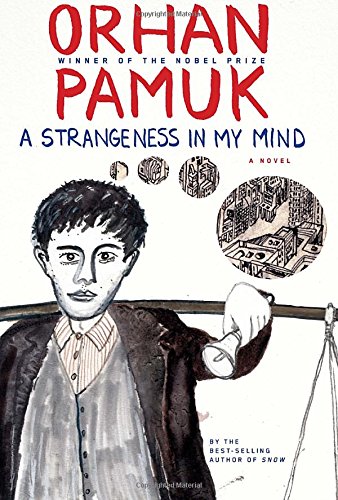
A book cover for A Strangeness in My Mind: A novel; Orhan Pamuk; Literature & Fiction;